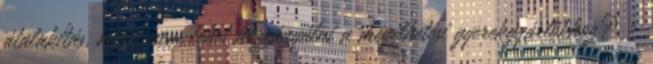
átalakítás, miért nem lehet hozzányúlni a megélhetési gyerekgyártókhoz? -